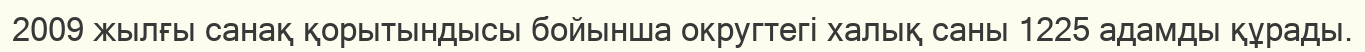
2009 жылғы санақ қорытындысы бойынша округтегі халық саны 1225 адамды құрады.